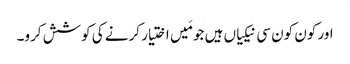
اور کون کون سی نیکیاں ہیں جو مَیں اختیار کرنے کی کوشش کرو۔